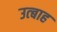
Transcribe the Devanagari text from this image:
उत्बाह